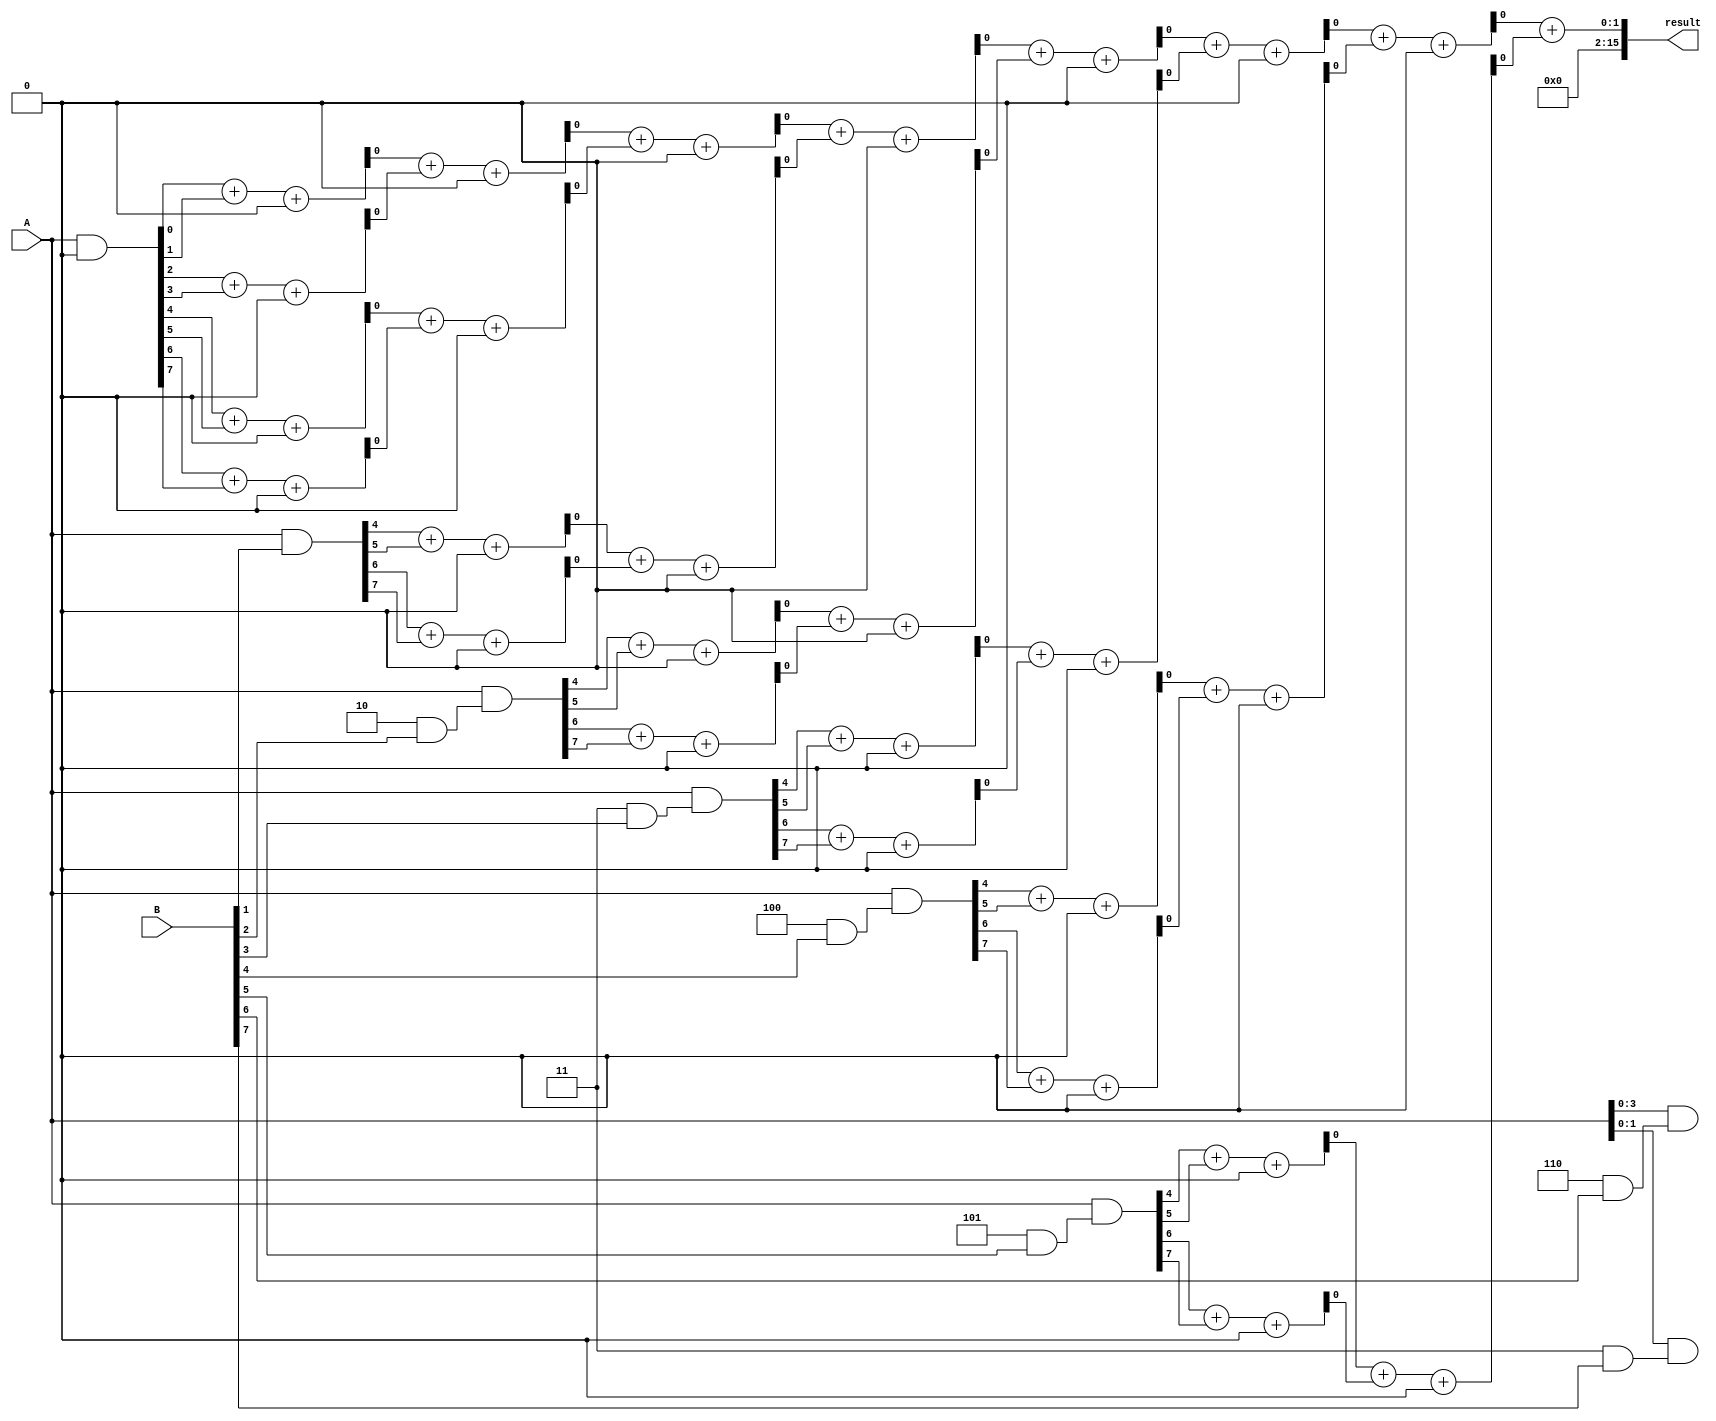
module FixedPointWallaceTreeMultiplier #(parameter N = 8) (
    input  [N-1:0] A, // Fixed-point input A
    input  [N-1:0] B, // Fixed-point input B
    output reg [2*N-1:0] result // Output product
);

// Generate partial products
wire [N-1:0] pp [0:N-1]; // Partial products
genvar i, j;
generate
    for (i = 0; i < N; i = i + 1) begin: partial_product_gen
        assign pp[i] = A & { {N{i}} & B[i] }; // AND operation to generate partial products
    end
endgenerate

// Wallace tree reduction
wire [N:0] sum [0:N-1]; // For holding sums and carries
wire [N-1:0] carry [0:N-1]; // For holding carries

generate
    // Initial stage
    for (i = 0; i < N; i = i + 1) begin: initial_stage
        if (i == 0) begin
            assign sum[i][N-1:0] = pp[i];
            assign carry[i] = 0;
        end else begin
            assign sum[i][N-1:0] = pp[i];
            assign carry[i] = 0;
        end
    end
endgenerate

// Wallace tree reduction stages
genvar stage;
for (stage = 0; stage < N-1; stage = stage + 1) begin: reduction_stage
    for (i = 0; i < (N + 1) / 2; i = i + 1) begin: adder_pair
        if (i * 2 + 1 < N) begin
            // Full adder for pairs
            wire sum_out, carry_out;
            assign {carry[stage + 1][i], sum[stage + 1][i]} = sum[stage][i * 2] + sum[stage][i * 2 + 1] + carry[stage][i];
        end else if (i * 2 < N) begin
            // Half adder for the last odd number
            wire sum_out, carry_out;
            assign {carry[stage + 1][i], sum[stage + 1][i]} = sum[stage][i * 2] + carry[stage][i];
        end
    end
end

// Final addition stage
wire [2*N-1:0] final_sum;
wire [2*N-1:0] final_carry;

assign final_sum = {carry[N-1][0], sum[N-1][0]} + {carry[N-1][1], sum[N-1][1]};

// Assign result
always @(*) begin
    result = final_sum; // Output the final product
end

endmodule